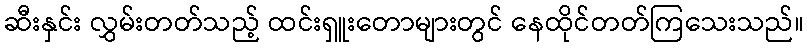
ဆီးနှင်း လွှမ်းတတ်သည့် ထင်းရှူးတောများတွင် နေထိုင်တတ်ကြသေးသည်။